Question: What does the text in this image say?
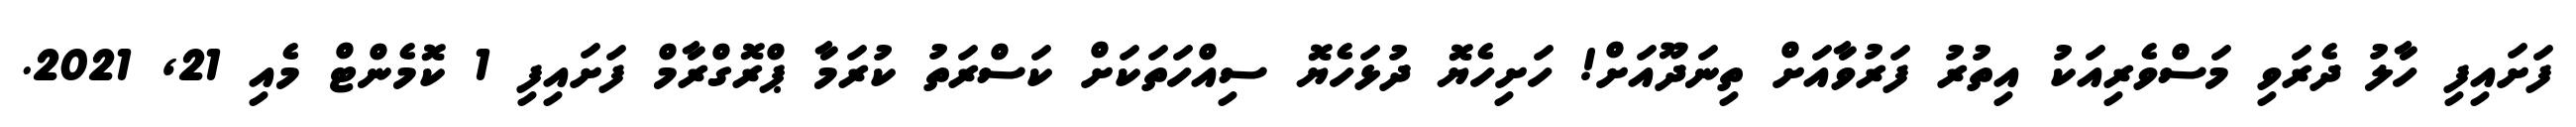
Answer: ފަށައިފި ހާލު ދެރަވި މަސްވެރިއަކު އިތުރު ފަރުވާއަށް ތިނަދޫއަށް! ހަށިހެޔޮ ދުޅަހެޔޮ ސިއްހަތަކަށް ކަސްރަތު ކުރަމާ ޕްރޮގްރާމް ފަށައިފި 1 ކޮމެންޓް މެއި 21, 2021.